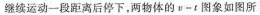
继续运动一段距离后停下，两物体的v-t图象如图所